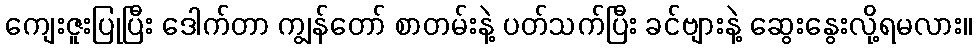
ကျေးဇူးပြုပြီး ဒေါက်တာ ကျွန်တော် စာတမ်းနဲ့ ပတ်သက်ပြီး ခင်ဗျားနဲ့ ဆွေးနွေးလို့ရမလား။